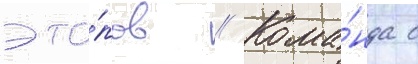
эта́пов // Кома́нда с